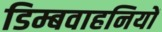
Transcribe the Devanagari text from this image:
डिम्बवाहनियों